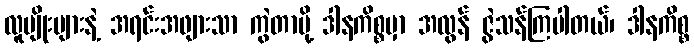
လူမျိုးများနဲ့ အရင်းအဖျားသာ ကွဲတာမို့ ဒါနကိစ္စမှာ အလွန် ဇွဲသန်ကြပါတယ်၊ ဒါနကိစ္စ